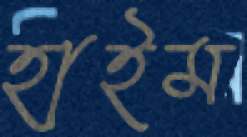
হাইম